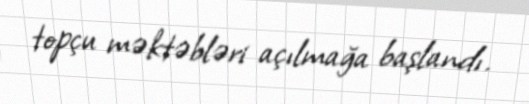
topçu məktəbləri açılmağa başlandı.